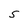
Character: S